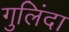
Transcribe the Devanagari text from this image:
गुलिंदा